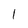
Character: 1